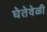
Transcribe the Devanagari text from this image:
घेतेवेळी